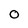
Character: O